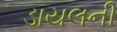
ડાયલની